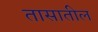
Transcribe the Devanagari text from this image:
तासातील